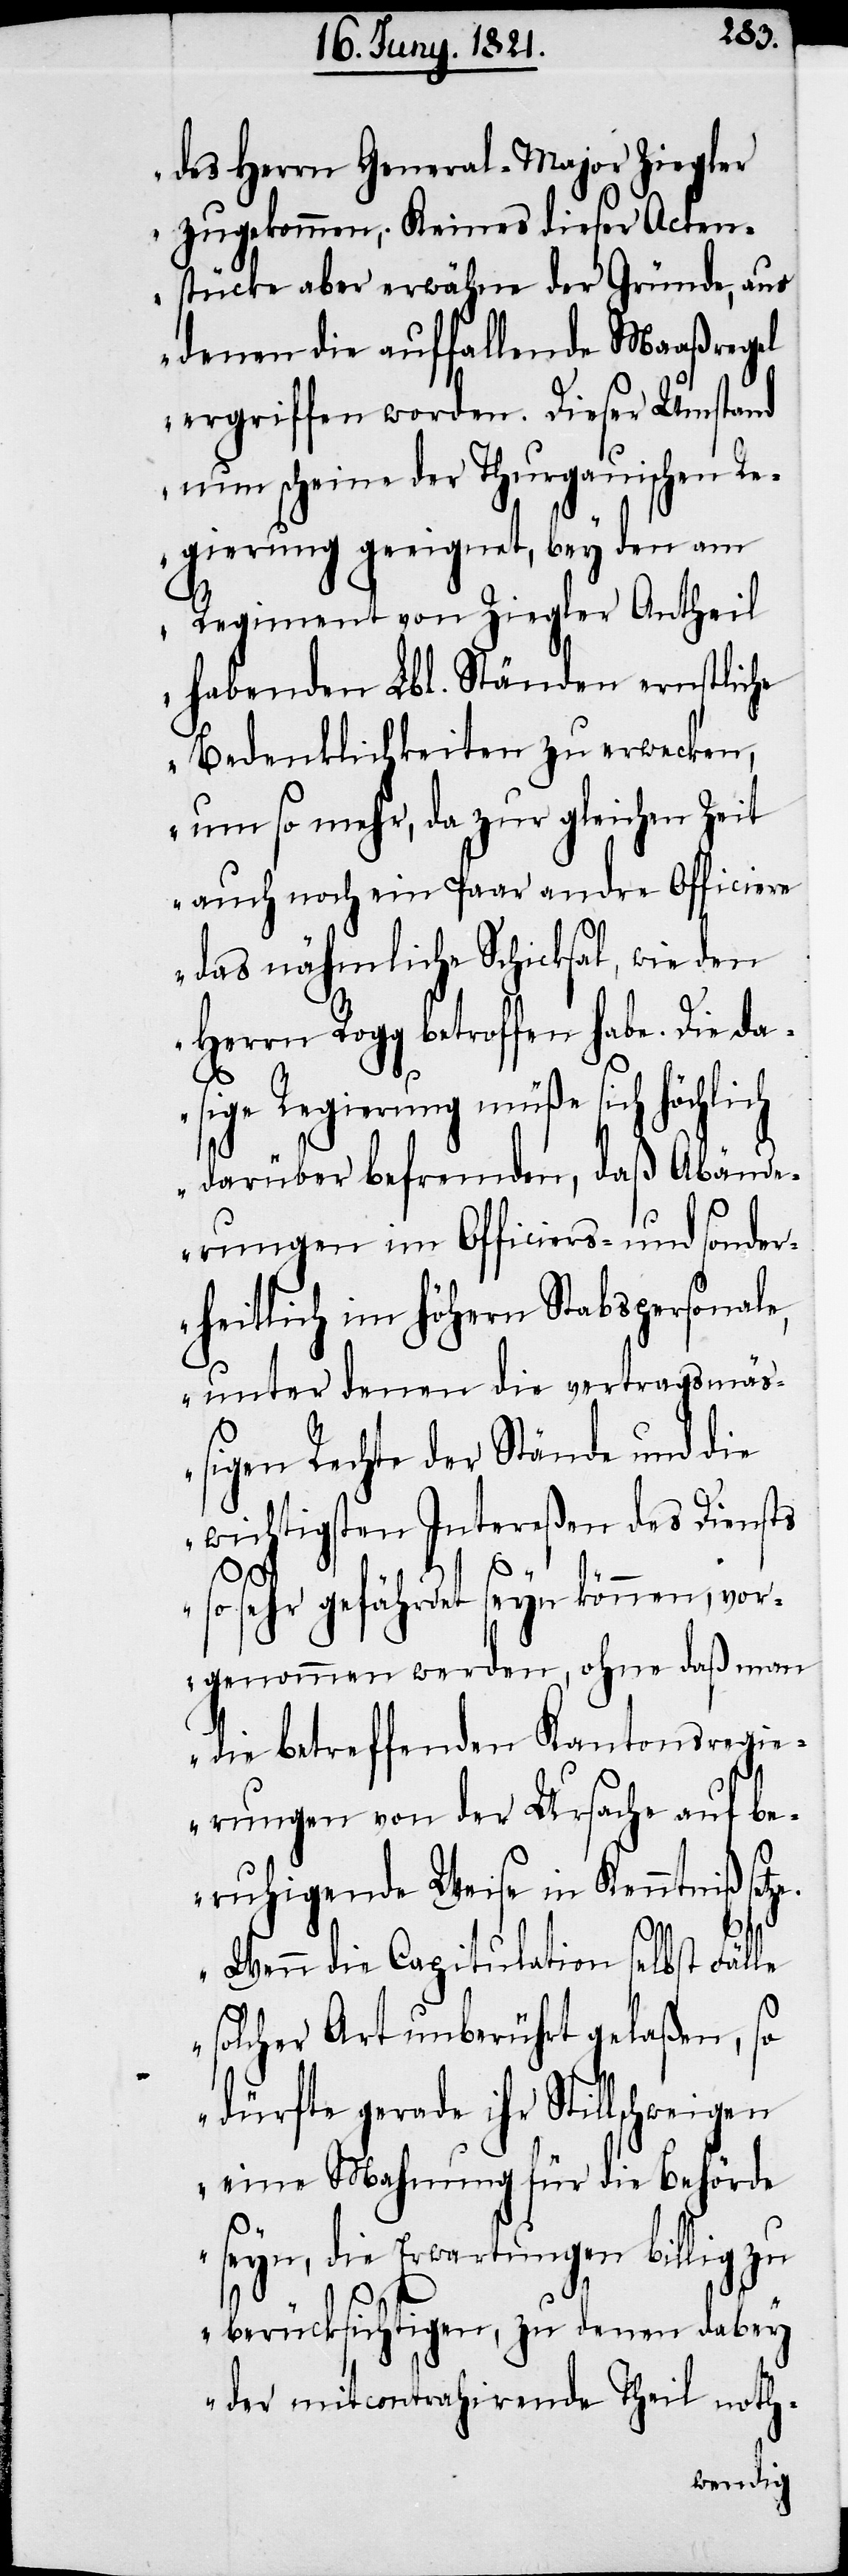
des Herrn General-Major Ziegler
zugekommen; Keines dieser Acten¬
stücke aber erwähne der Gründe, aus
denen die auffallende Maaßregel
ergriffen worden. Dieser Umstand
nun scheine der Thurgauischen Re¬
gierung geeignet, bey den am
Regiment Ziegler Antheil
habenden Lbl. Ständen ernstliche
Bedenklichkeiten zu erwecken,
um so mehr, da zur gleichen Zeit
auch noch ein Paar andre Officiere
das nähmliche Schicksal, wie den
Herrn Rogg betroffen habe. Die da¬
sige Regierung müße sich
darüber befremden, daß Abände¬
rungen im Officiers- und sonder¬
heitlich im höhern Stabspersonale,
unter denen die vertragsmä¬
ßigen Rechte der Stände und die
wichtigen Intereßen des Diensts
so sehr gefährdet seyn können, vor¬
genommen werden, ohne daß man
die betreffenden Kantonsregi¬
erungen von der Ursache auf be¬
ruhigende Weise in Kenntniß setz¬
e. Wenn die Capitulation selbst Fälle
solcher Art unberührt gelaßen, so
dürfte gerade ihr Stillschweigen
eine Mahnung für die Behörde
seyn, die Erwartungen billig zu
berücksichtigen, zu denen dabey
der mitcontrahirende Theil noth-